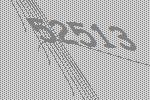
52513